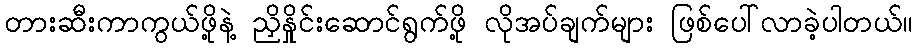
တားဆီးကာကွယ်ဖို့နဲ့ ညှိနှိုင်းဆောင်ရွက်ဖို့ လိုအပ်ချက်များ ဖြစ်ပေါ်လာခဲ့ပါတယ်။